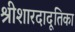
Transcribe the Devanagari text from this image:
श्रीशारदादूतिका